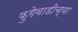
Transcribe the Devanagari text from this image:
फुगेवाडीच्या